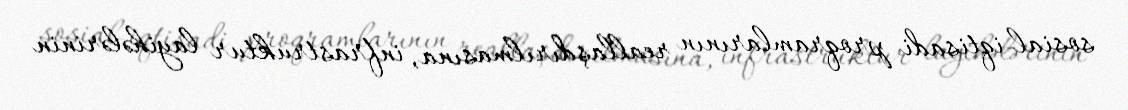
sosial-iqtisadi proqramlarının reallaşdırılmasına, infrastruktur layihələrinin